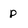
Character: p